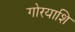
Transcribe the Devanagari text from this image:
गोरयाशि